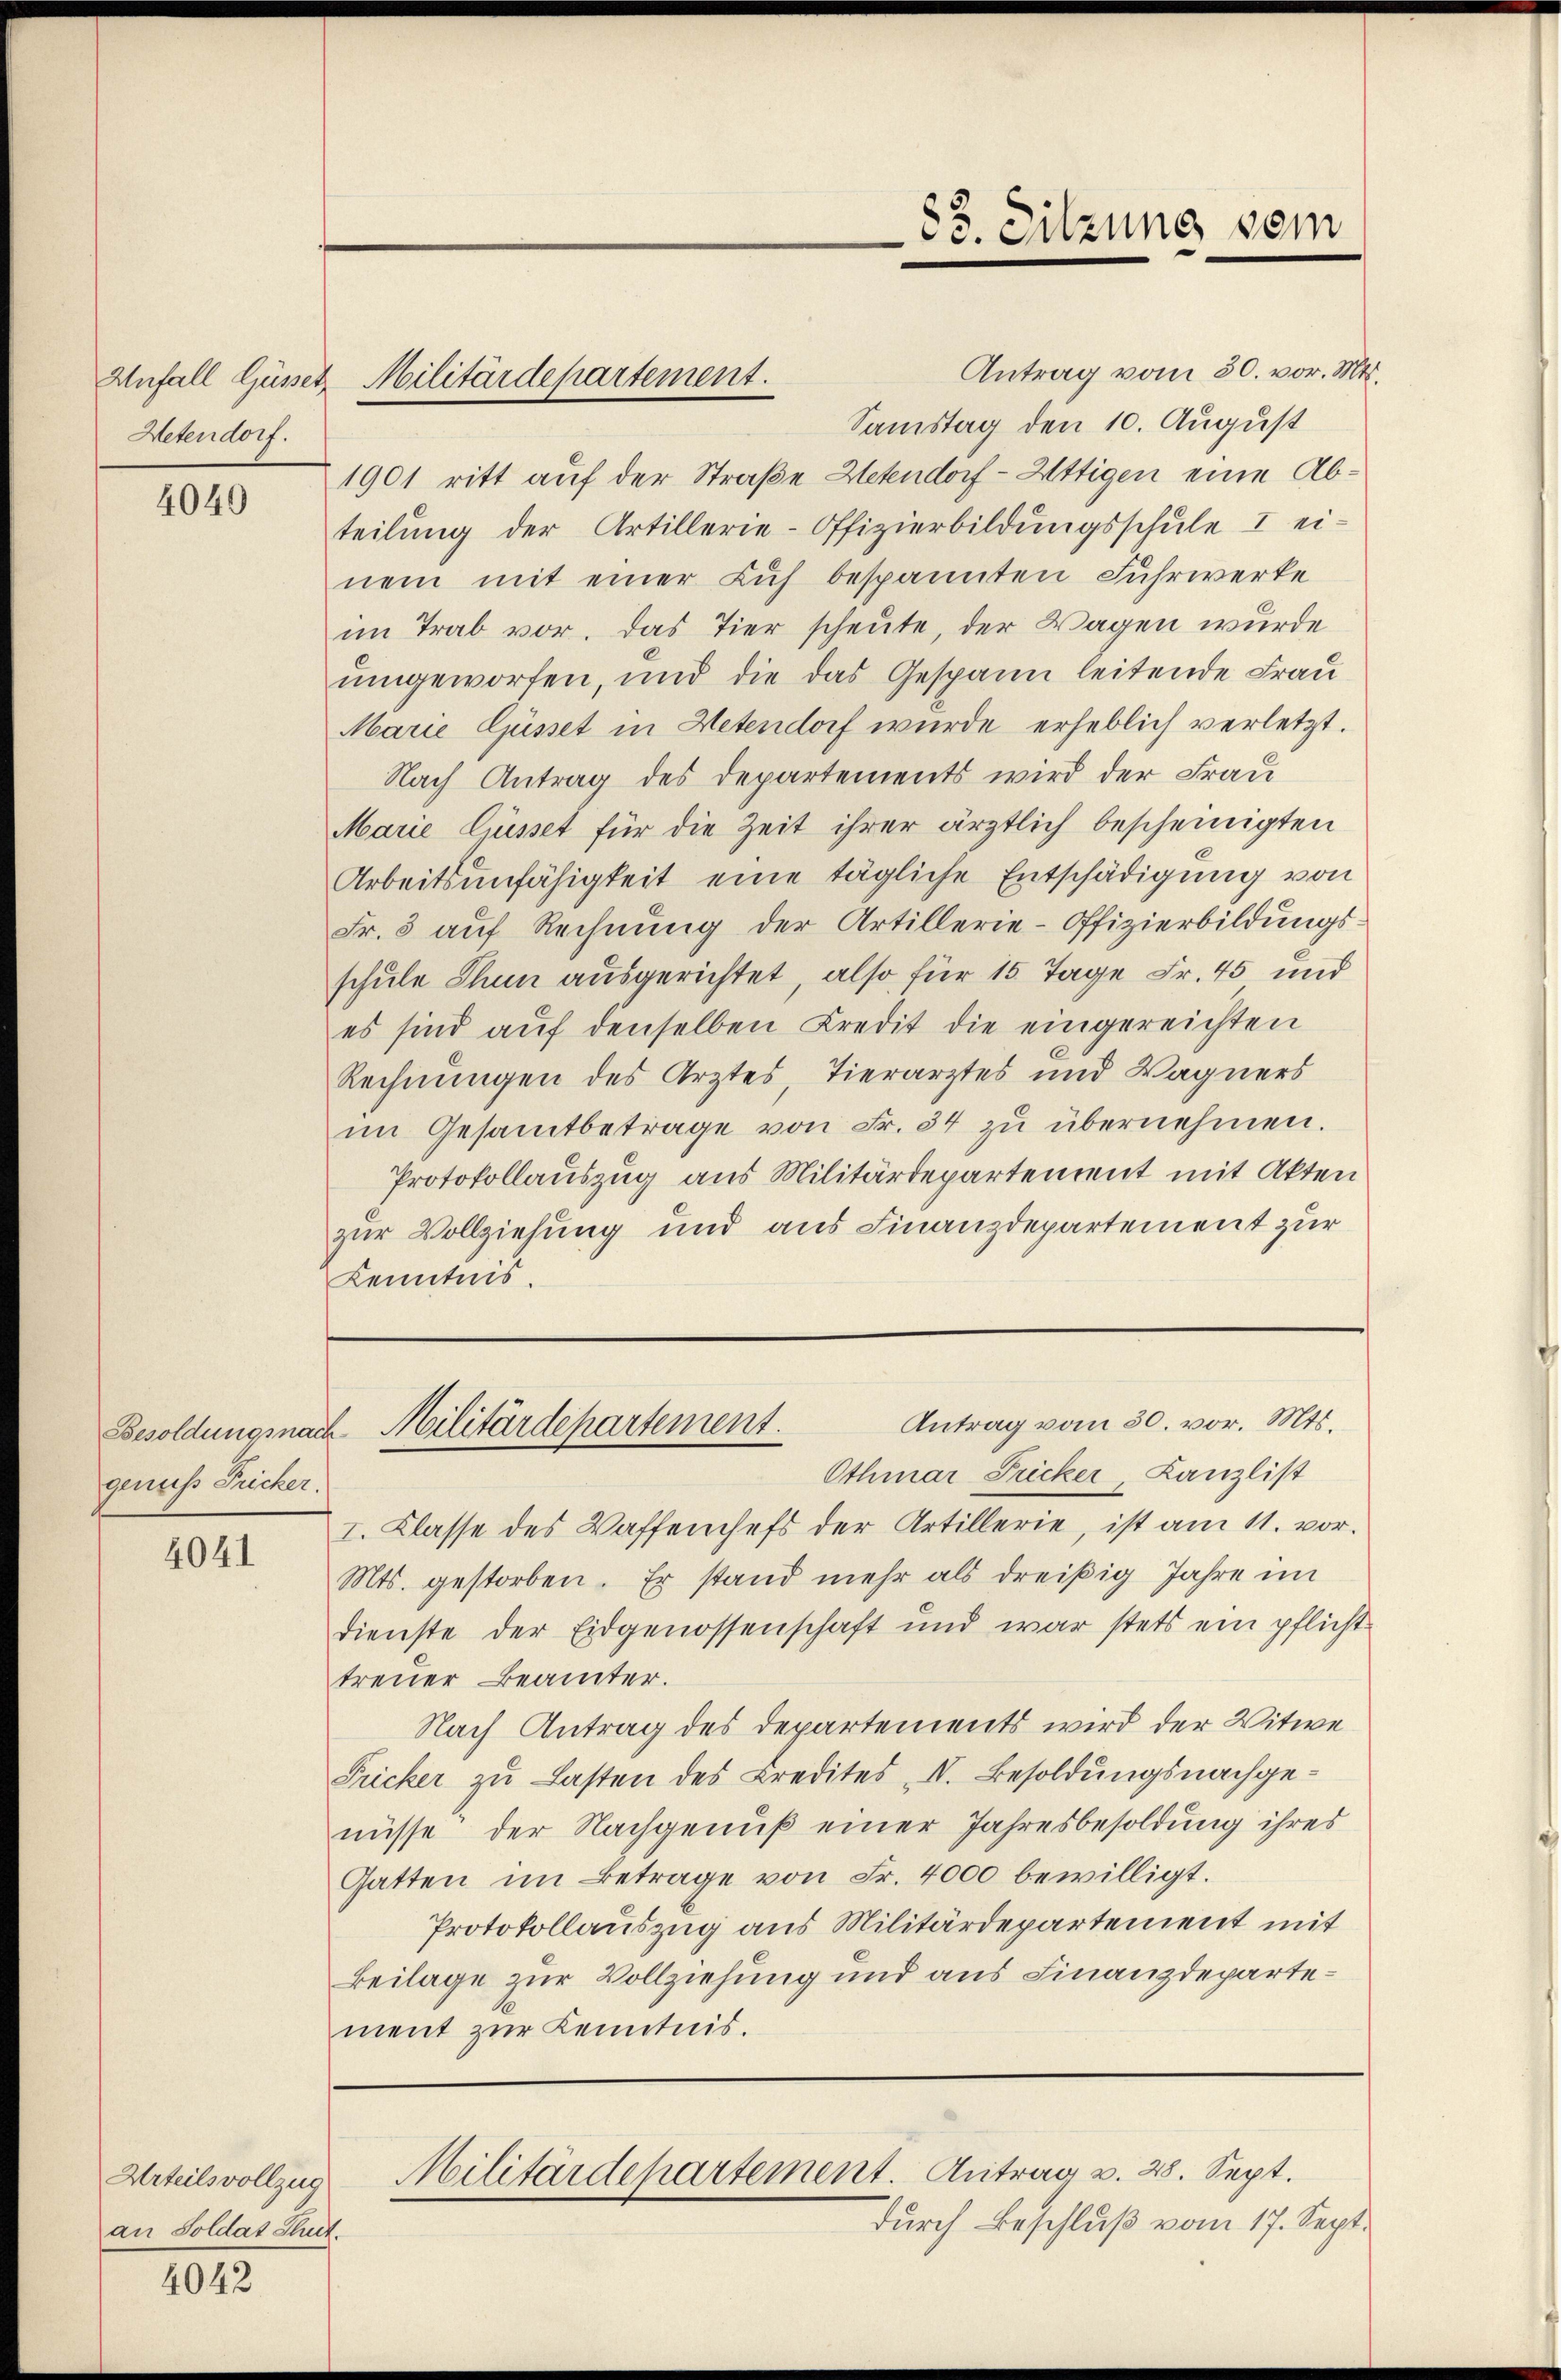
Hetendorf.

4040

genus Fricker.

4041

Antrag vom 30. vor. Mts.
Samstag den 10. August
1901 ritt auf der Straße Hetendorf - Uttigen eine Abteilung der Artillerie-Offizierbildŭngsschŭle I ei-
nem mit einer Luf bespannten Fuhrwerke
im Trab vor. Das Tier scheute, der Wagen wurde
umgeworfen, und die das Gespann leitende Frau
Marie Güsset in Hetendorf wurde erheblich verletzt.
Nach Antrag des Departements wird der Frau
Marie liesset für die Zeit ihrer ärztlich bescheinigten
Arbeitsunfähigkeit eine tägliche Entschädigung von
Fr. 3 auf Rechnŭng der Artillerie-Offizierbildŭngs-
schule Thun ausgerichtet, also für 15 Tage Fr. 45 und
es sind auf denselben Kredit die eingereichten
Rechnungen des Arztes Tierarztes und Wagners
im Gesamtbetrage von Fr. 34 zŭ übernehmen.
Protokollauszug aus Militärdepartement mit Akten
zur Vollziehung und aus Finanzdepartement zur
Kenntnis.

Urteils vollzug
an Soldat Suit.

4042

Anfall Güsser Militärdepartement.

85. Sitzung vom

Antrag vom 30. vor. Mts.
Besoldungsnach Militärdepartement.

Othmar Fricker Lanzlist
I. Klasse des Waffenhefs der Artillerie, ist am 11. vor.
Mts. gestorben. Er stand mehr als dreißig Jahre im
dienste der Eidgenossenschaft und war stets ein pflicht
treuer Beamter.
Nach Antrag des Departements wird der Witwe
Fricker zŭ lasten des Credites I. Besoldŭngsnachge-
nüsse der Nachgenuß einer Jahresbesoldung ihres
Gatten im Betrage von Fr. 4000 bewilligt.
Protokollauszug aus Militärdepartement mit
Beilage zur Vollziehung und aus Finanzdepartement zur Kenntnis.

Militärdepartement. Antrag v. 28. Sept.

durch Beschluß vom 17. Sept.